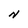
Character: N